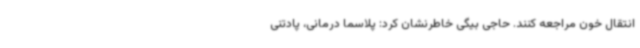
انتقال خون مراجعه کنند. حاجی بیگی خاطرنشان کرد: پلاسما درمانی، پادتنی